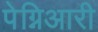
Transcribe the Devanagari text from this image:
पेग्निआरी